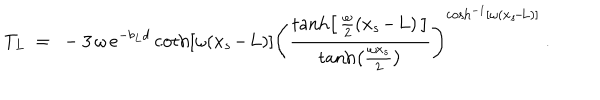
T _ { L } \ = \ - 3 \, \omega \, e ^ { - b _ { L } d } \coth \left[ \omega ( x _ { s } \! - \! L ) \right] \left( \frac { \tanh \left[ \, \frac { \omega } { 2 } ( x _ { s } \! - \! L ) \, \right] } { \tanh \left( \frac { \omega x _ { s } } { 2 } \right) } \right) ^ { \cosh ^ { - 1 } \left[ \omega ( x _ { s } \! - \! L ) \right] } \ .